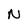
Character: N